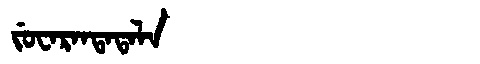
Manchu: ᠵᡠᠸᠠᡵᠠᠨᡨᠠᡨᠠᠯᠠ
Romanization: JUWARANTATALA